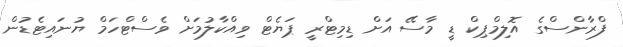
ފްރާންސްގެ އޮލިމްޕިކް ޑީ މާސޭ އަށް ޑިމިޓްރީ ޕަޔެޓް ވިއްކާލުމަށް ވެސްޓްހަމް ޔުނައިޓެޑުން